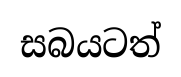
සබයටත්